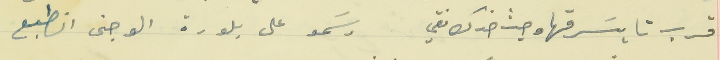
قرب تا يسَرقها وحيث خدك نقي                                  رسَمو على بلورة الوجنى انطبع